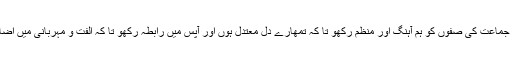
•نماز جماعت کی صفوں کو ہم آہنگ اور منظم رکھو تا کہ تمھارے دل معتدل ہوں اور آپس میں رابطہ رکھو تا کہ الفت و مہربانی میں اضافہ ہو۔